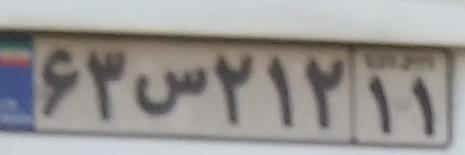
۶۳س۲۱۲۱۱